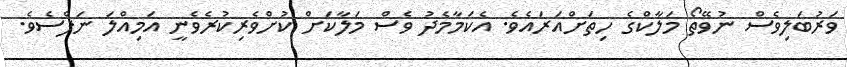
ވަރުބަލިވެސް ނުވޭތޯ މަލާކްގެ ހިތަށްއަރައެވެ. އެކަމާމެދު ވެސް މަލާކަށް ކުށްވެރިކުރެވެނީ އަމިއްލަ ނަފްސެވެ.